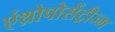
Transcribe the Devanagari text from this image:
एंथ्रोपोसेंट्रीज्म